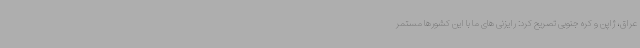
عراق، ژاپن و کره جنوبی تصریح کرد: رایزنی های ما با این کشورها مستمر